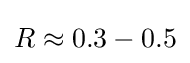
R\approx 0.3-0.5